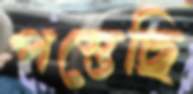
পস্তেছি